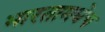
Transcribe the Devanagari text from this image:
भारतामधेच